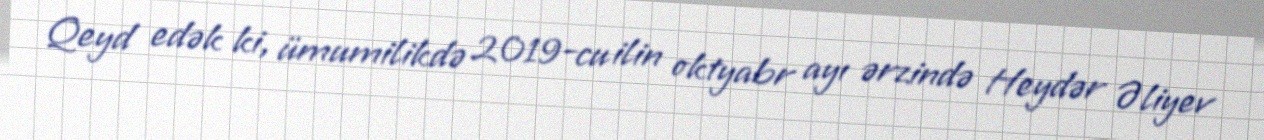
Qeyd edək ki, ümumilikdə 2019-cu ilin oktyabr ayı ərzində Heydər Əliyev